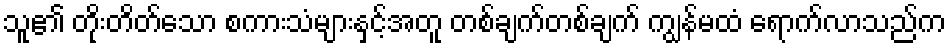
သူ၏ တိုးတိတ်သော စကားသံများနှင့်အတူ တစ်ချက်တစ်ချက် ကျွန်မထံ ရောက်လာသည်က